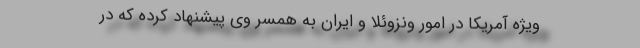
ویژه آمریکا در امور ونزوئلا و ایران به همسر وی پیشنهاد کرده که در